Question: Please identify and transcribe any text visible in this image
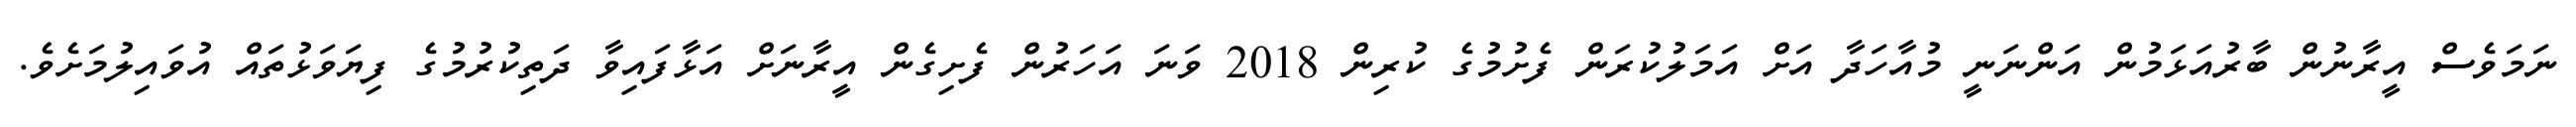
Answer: ނަމަވެސް އީރާނުން ބާރުއަޅަމުން އަންނަނީ މުއާހަދާ އަށް އަމަލުކުރަން ފެށުމުގެ ކުރިން 2018 ވަނަ އަހަރުން ފެށިގެން އީރާނަށް އަޅާފައިވާ ދަތިކުރުމުގެ ފިޔަވަޅުތައް އުވައިލުމަށެވެ.